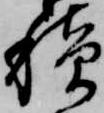
積